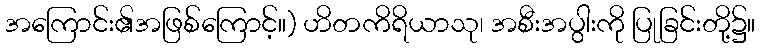
အကြောင်း၏အဖြစ်ကြောင့်။) ဟိတကိရိယာသု၊ အစီးအပွါးကို ပြုခြင်းတို့၌။